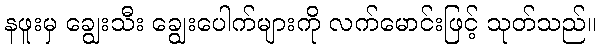
နဖူးမှ ချွေးသီး ချွေးပေါက်များကို လက်မောင်းဖြင့် သုတ်သည်။